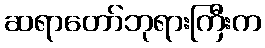
ဆရာတော်ဘုရားကြီးက